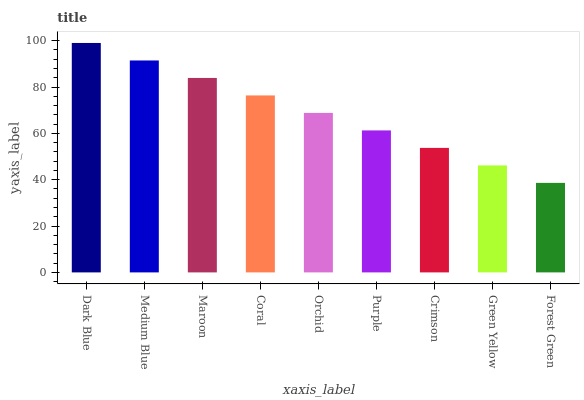
| xaxis_label | bars |
 | --- | --- |
 | Dark Blue | 99 |
 | Medium Blue | 91.5 |
 | Maroon | 83.9 |
 | Coral | 76.4 |
 | Orchid | 68.8 |
 | Purple | 61.3 |
 | Crimson | 53.7 |
 | Green Yellow | 46.2 |
 | Forest Green | 38.6 |